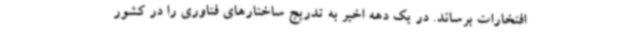
افتخارات برساند. در یک دهه اخیر به تدریج ساختارهای فناوری را در کشور